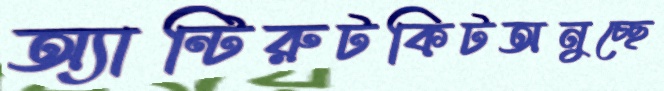
অ্যান্টিরুটকিটঅনুচ্ছে